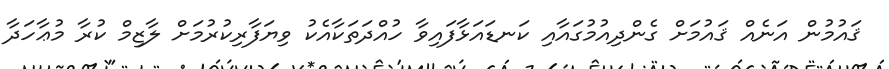
ޤައުމުން އަނެއް ޤައުމަށް ގެންދިއުމުގައާއި ކަނޑައަޅާފައިވާ ހުއްދަތަކާއެކު ވިޔަފާރިކުރުމަށް ލާޒިމް ކުރާ މުޢާހަދާ